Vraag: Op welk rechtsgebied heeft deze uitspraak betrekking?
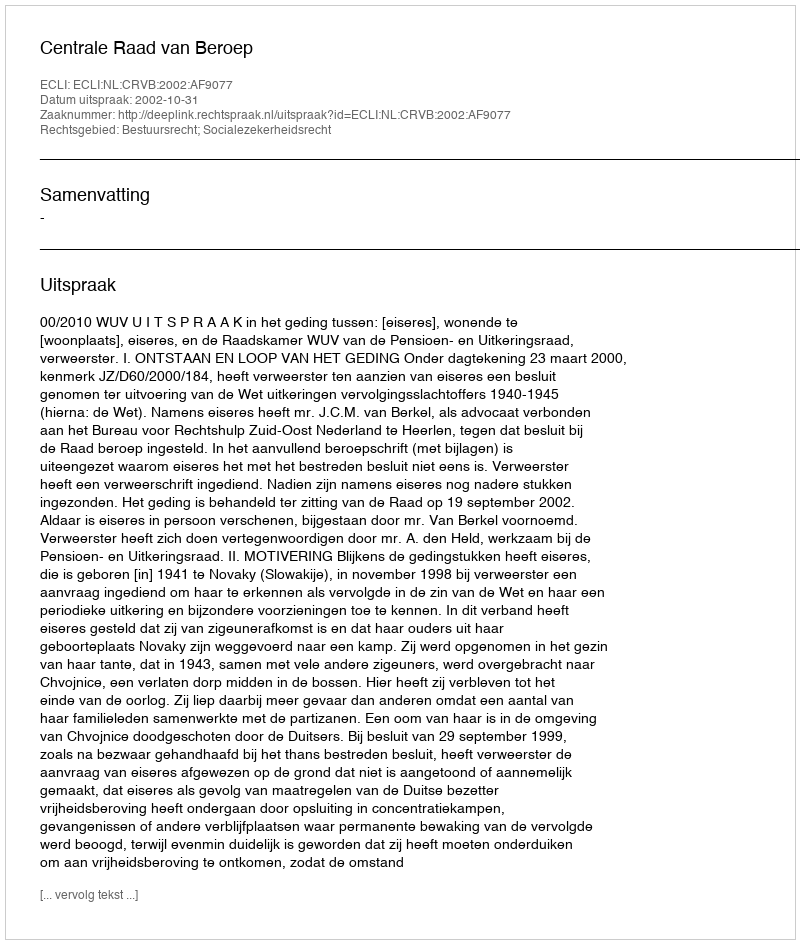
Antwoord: Bestuursrecht; Socialezekerheidsrecht